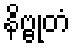
နိဗ္ဗုတံ